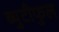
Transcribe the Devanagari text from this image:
ब्युटीफुल